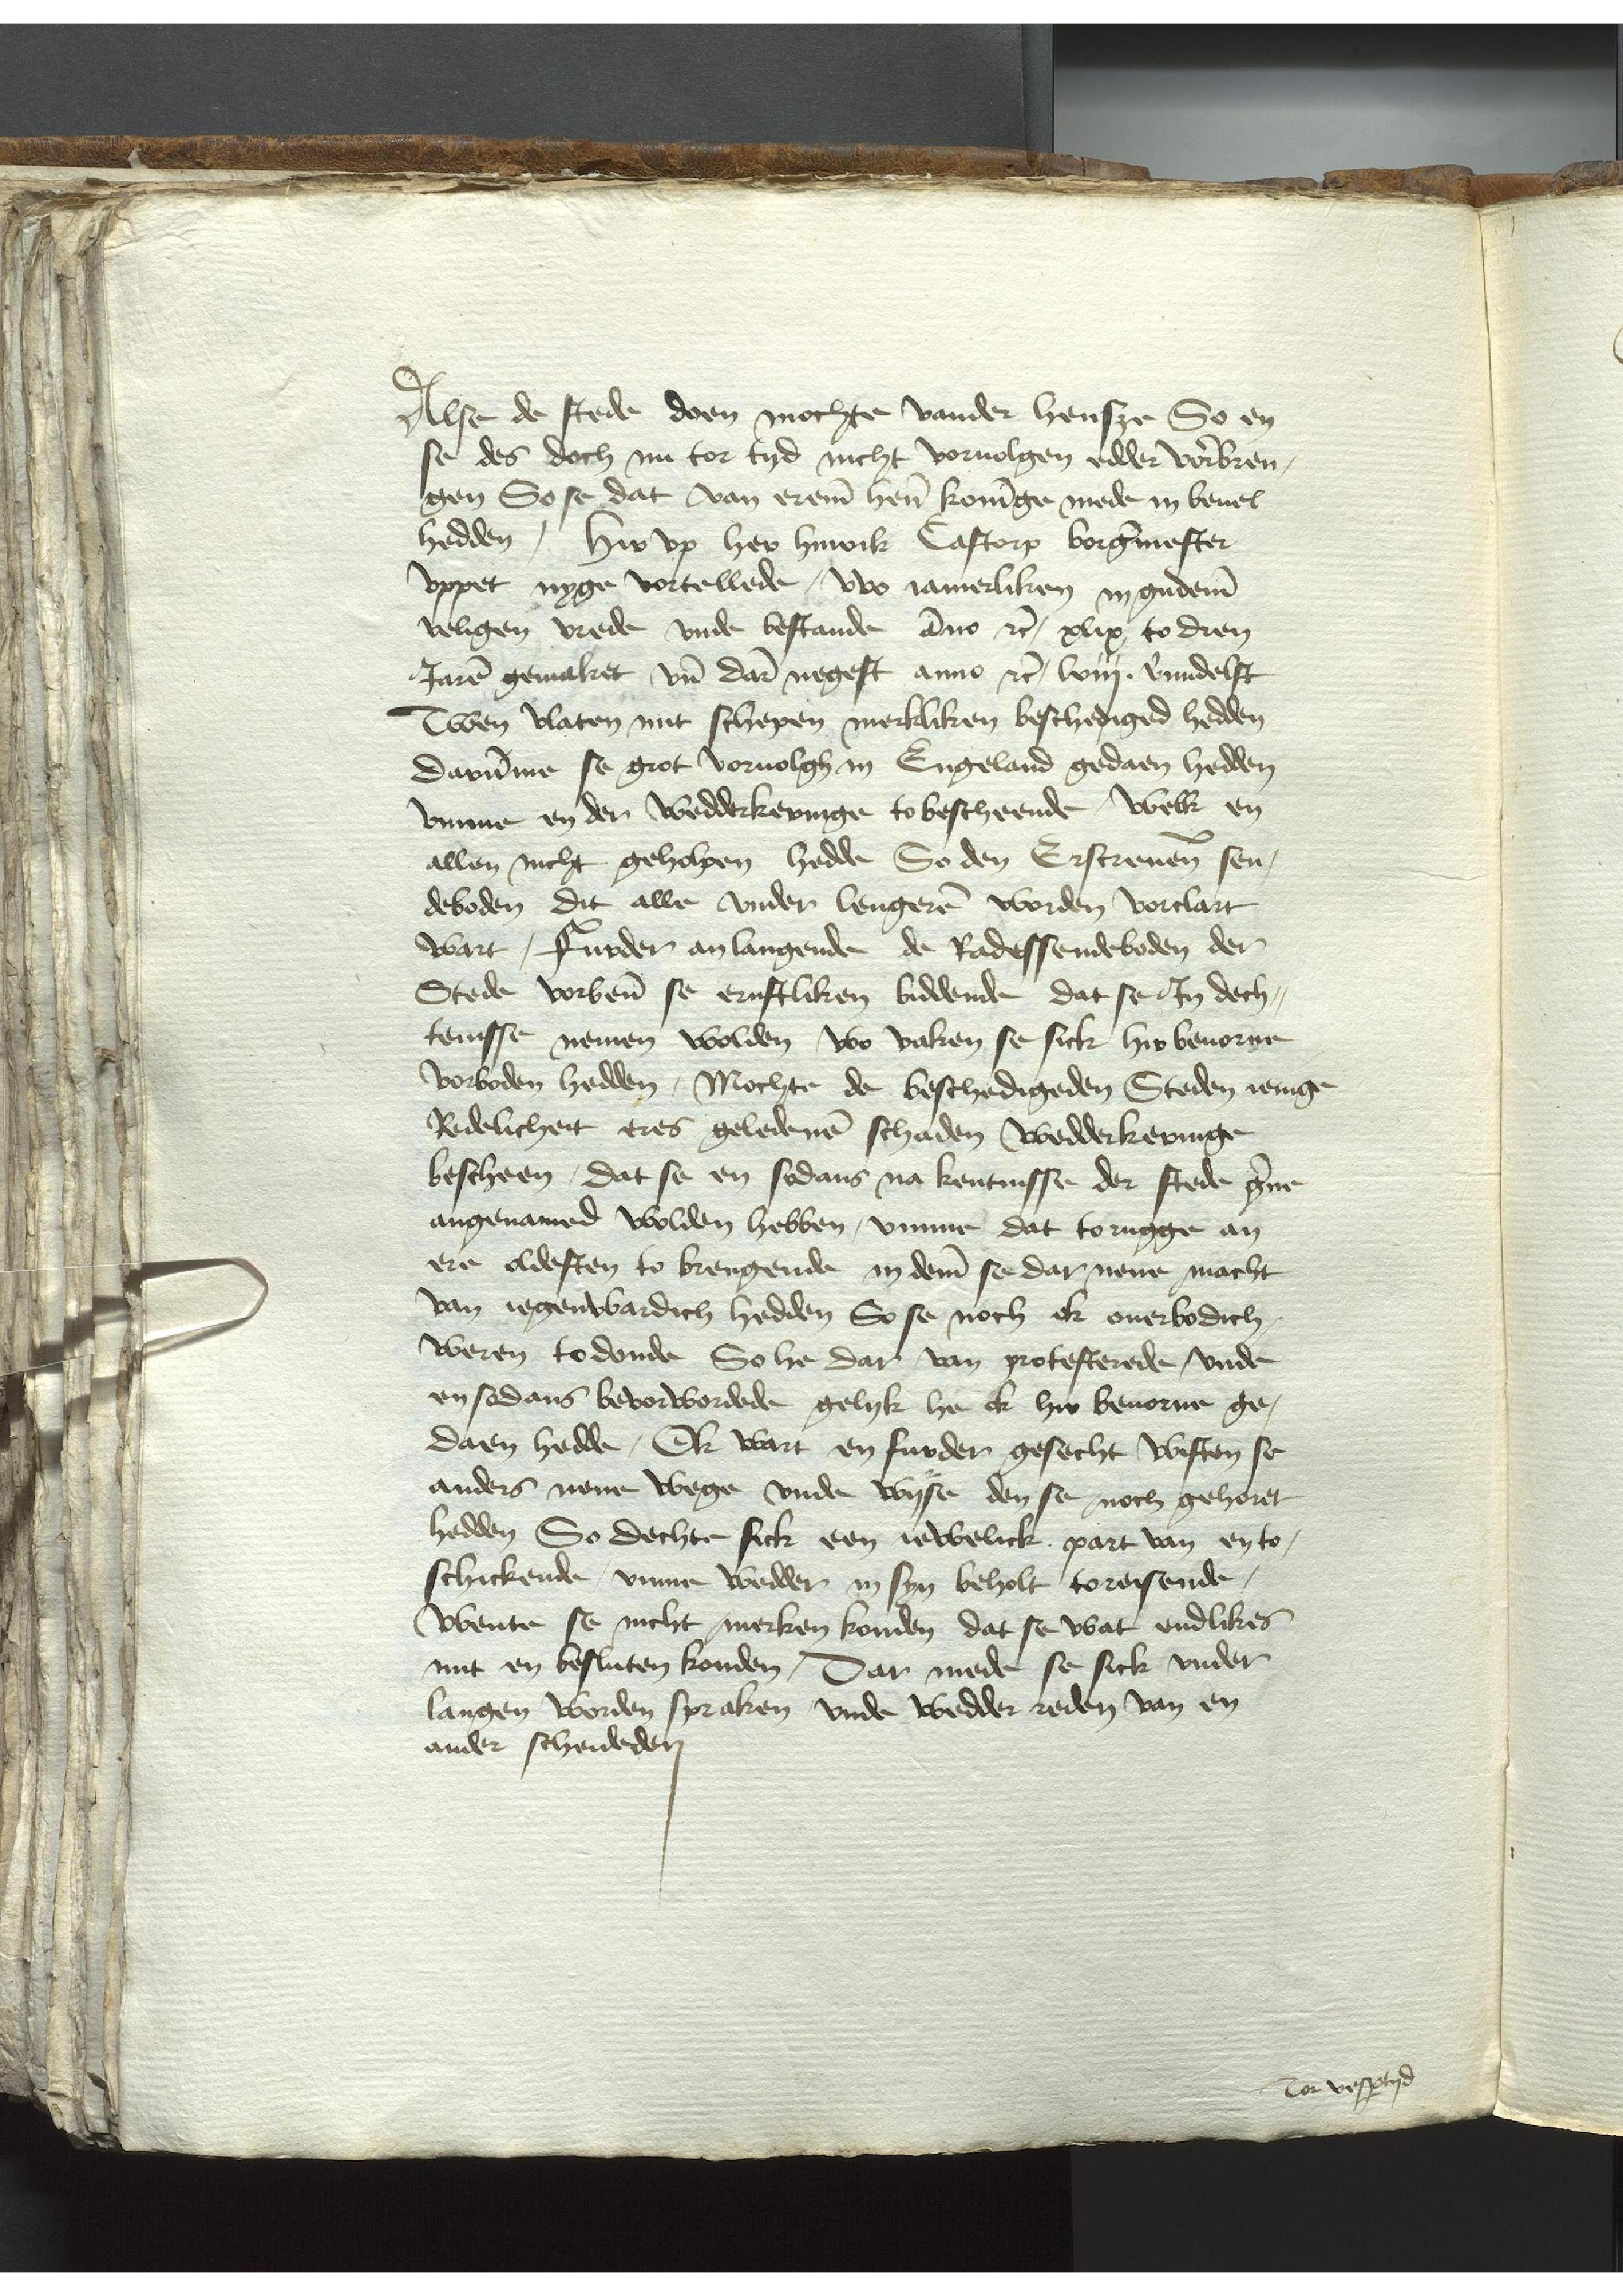
Alse de stede doen mochte vander Hensze So en
se des doch nu tor tyd nicht voruolgen edder vorbren¬
gen So se dat van ereme heren koninge mede in beuel
hedden, Hir vp Her Hinrik Castorp borgermester
vppet nyge vortellede, wo tamerliken in gudeme
veligen vrede vnde bestande anno etc, xlix to dren
Jaren gemaket vnde dar negest anno etc, lviij. vermdelft
Twen vlaten mit schepen merkliken beschediged hedden
darumme se grot voruolgh in Engeland gedaen hedden
vmme en den wedderkeringe to bescheende, welk en
allen nicht geholpen hedde So den Erscreuenen sen¬
deboden dit alle vnder lengeren worden vorclart
wart, Furder anlangende de Radessendeboden der
Stede vorbenomed se ernstliken biddende dat se Jn dech¬
tenisse nemen wolden wo vaken se sick Hir beuorne
vorboden hedden, Mochte de beschedigeden Steden ienige
Redelichett eres geledenen schaden wedderkeringe
bescheen, dat se en sodans na kentnisse der stede gerne
angenamed wolden hebben, vmme dat torugge an
ere oldesten to brengende in deme se dar nene macht
van iegenwardich hedden So se noch ok ouerbodich
weren to donde So he dar van protesterede vnde
en sodans bevorwordede gelyk he ok hir beuorne ge¬
daen hedde, Ok wart en furder gesecht wisten se
anders nene wege vnde wyse den se noch gehoret
hedden So dechte sick een iewelick part van en to¬
schickende, vmme wedder in syn beholt toreisende,
wente se nicht merken konden dat se wat endlikes
mit en besluten konden, Dar mede se sick vnder
langen worden spraken vnde wedder reden van en
ander scheideden